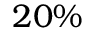
2 0 \%